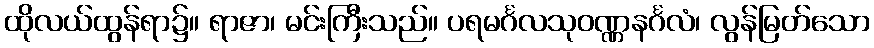
ထိုလယ်ထွန်ရာ၌။ ရာဇာ၊ မင်းကြီးသည်။ ပရမင်္ဂလသုဝဏ္ဏနင်္ဂလံ၊ လွန်မြတ်သော